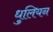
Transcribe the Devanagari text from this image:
धुलियन